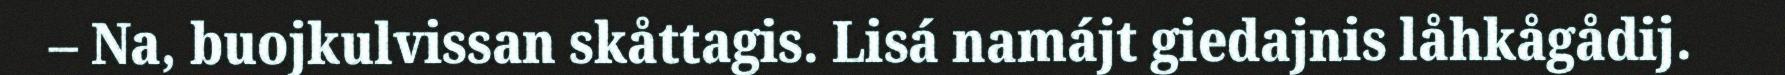
– Na, buojkulvissan skåttagis. Lisá namájt giedajnis låhkågådij.